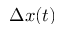
\Delta x ( t )